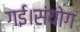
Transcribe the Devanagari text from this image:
गई।संयोग